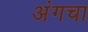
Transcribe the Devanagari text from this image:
अंगचा